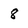
Character: 8